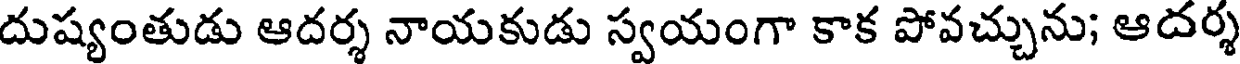
దుష్యంతుడు ఆదర్శ నాయకుడు స్వయంగా కాక పోవచ్చును; ఆదర్శ